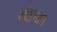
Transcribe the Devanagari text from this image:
रतिभान